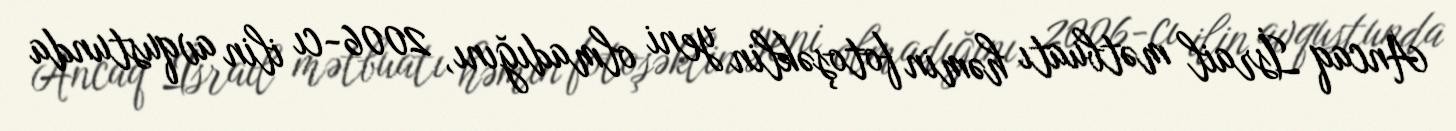
Ancaq İsrail mətbuatı həmin fotoşəklin yeni olmadığını, 2006-cı ilin avqustunda